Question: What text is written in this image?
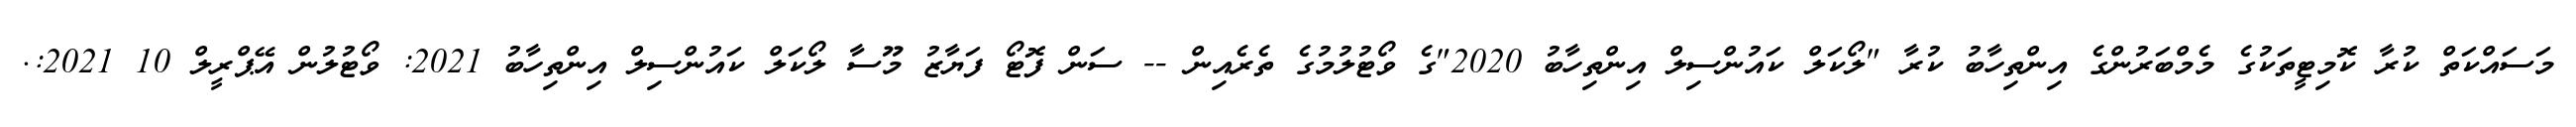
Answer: މަސައްކަތް ކުރާ ކޮމިޓީތަކުގެ މެމްބަރުންގެ އިންތިހާބު ކުރާ "ލޯކަލް ކައުންސިލް އިންތިހާބު 2020"ގެ ވޯޓުލުމުގެ ތެރެއިން -- ސަން ފޮޓޯ ފަޔާޒު މޫސާ ލޯކަލް ކައުންސިލް އިންތިހާބު 2021: ވޯޓުލުން އޭޕްރީލް 10 2021:.